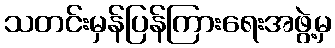
သတင်းမှန်ပြန်ကြားရေးအဖွဲ့မှ